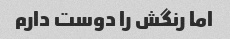
اما رنگش را دوست دارم